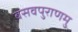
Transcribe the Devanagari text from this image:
बसवपुराणमु